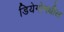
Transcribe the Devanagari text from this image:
डियेगोमधील